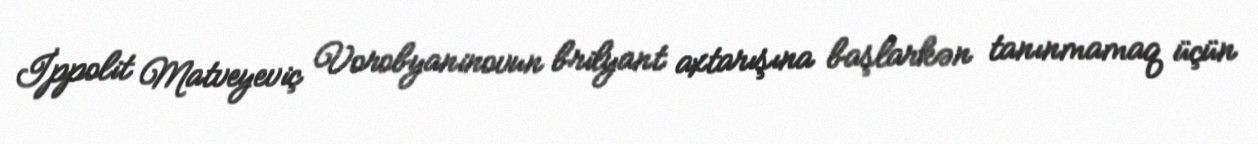
İppolit Matveyeviç Vorobyaninovun brilyant axtarışına başlarkən tanınmamaq üçün